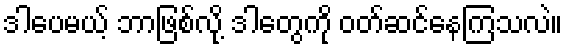
ဒါပေမယ့် ဘာဖြစ်လို့ ဒါတွေကို ဝတ်ဆင်နေကြသလဲ။